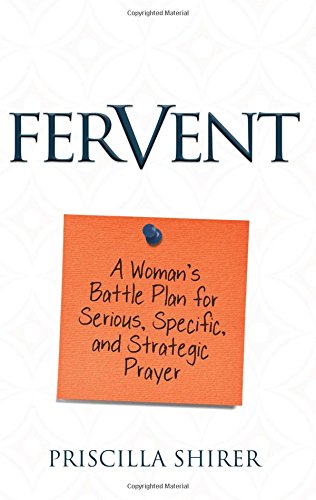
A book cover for Fervent: A Woman's Battle Plan to Serious, Specific and Strategic Prayer; Priscilla Shirer; Christian Books & Bibles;